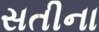
સતીના